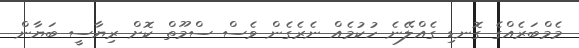
މެމްބަރެއްގެ ގޮނޑި ގެއްލޭނެ ހުކުމެއް ނެރެގެން ވެސް ސްމޫތް ކޮށް ރިޔާސީ ބަޔާން